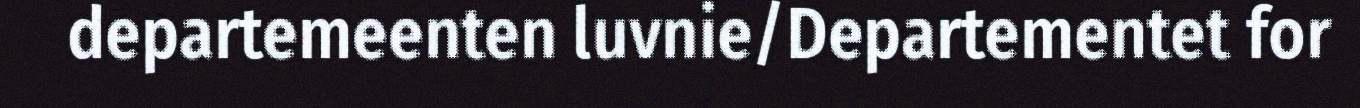
departemeenten luvnie/Departementet for